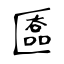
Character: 匲